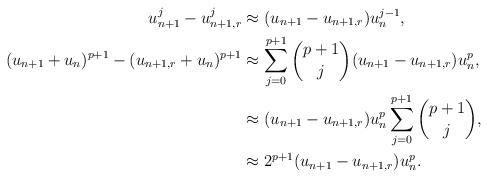
\begin{align*} u_{n+1}^j - u_{n+1,r}^j & \approx (u_{n+1} - u_{n+1,r})u_n^{j-1}, \\ (u_{n+1}+u_n)^{p+1} - (u_{n+1,r}+u_n)^{p+1} & \approx \sum\limits_{j=0}^{p+1} \binom{p+1}{j} (u_{n+1} - u_{n+1,r}) u_n^p, \\ & \approx (u_{n+1} - u_{n+1,r}) u_n^p \sum\limits_{j=0}^{p+1} \binom{p+1}{j}, \\ & \approx 2^{p+1} (u_{n+1} - u_{n+1,r}) u_n^p. \end{align*}